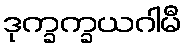
ဒုက္ခက္ခယဂါမီ